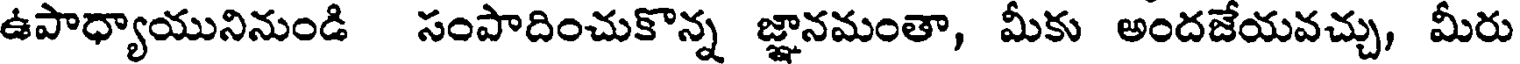
ఉపాధ్యాయునినుండి సంపాదించుకొన్న జ్ఞానమంతా, మీకు అందజేయవచ్చు, మీరు